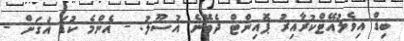
ބިޑް އިވެލުއޭޓްކުރާއިރު ޕޮއިންޓް ދެވޭނެ އުސޫލު: - އެންމެ ކުޑަ އަގަށް -